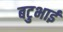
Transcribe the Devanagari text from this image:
बटुभाई